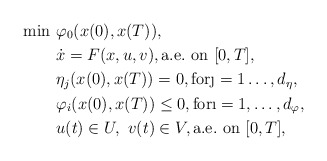
\begin{align*}\min\,\,& \varphi_0(x(0),x(T)),\\&\dot{x}=F(x,u,v),{\rm a.e.}\ {\rm on}\ [0,T],\\& \eta_j(x(0),x(T))=0,\mathrm{for}\j=1\hdots,d_{\eta},\\& \varphi_i(x(0),x(T))\leq 0,\mathrm{for}\i=1,\hdots,d_{\varphi},\\& u(t)\in U ,\,\, v(t)\in V,{\rm a.e.}\ {\rm on}\ [0,T],\end{align*}